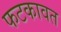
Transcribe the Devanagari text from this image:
फटकावत